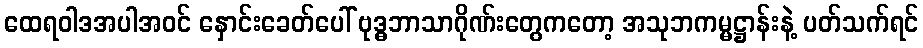
ထေရဝါဒအပါအဝင် နှောင်းခေတ်ပေါ် ဗုဒ္ဓဘာသာဂိုဏ်းတွေကတော့ အသုဘကမ္မဋ္ဌာန်းနဲ့ ပတ်သက်ရင်